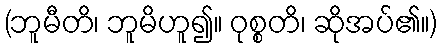
(ဘူမီတိ၊ ဘူမိဟူ၍။ ဝုစ္စတိ၊ ဆိုအပ်၏။)